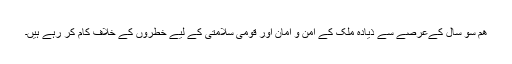
ھم سو سال کےعرصے سے ذيادہ ملک کے امن و امان اور قومی سلامتی کے ليے خطروں کے خلاف کام کر رہے ہيں۔